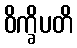
ဝိက္ခိပတိ